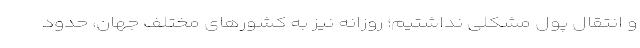
و انتقال پول مشکلی نداشتیم؛ روزانه نیز به کشورهای مختلف جهان، حدود